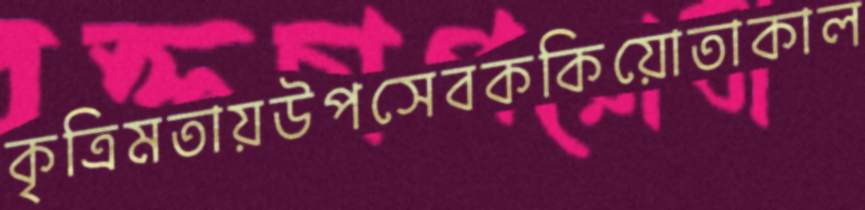
কৃত্রিমতায়উপসেবককিয়োতাকাল